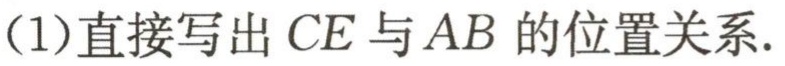
(1)直接写出 \(CE\) 与 \(AB\) 的位置关系.